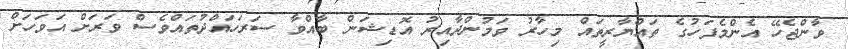
ވާންޖެހޭ އެންމެފަހުގެ ތައްޔާރީތައް މިހާރު ވަމުންދާއިރު އޮޑިޝަން ބާއްވާ ސަރަހައްދުތައްވެސް ވަރަށް އަވަހަށް